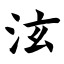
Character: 泫